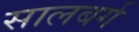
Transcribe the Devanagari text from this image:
सालबर्ग